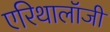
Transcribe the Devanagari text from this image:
एरिथालॉजी